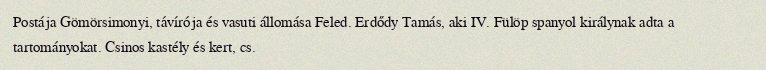
Postája Gömörsimonyi, távírója és vasuti állomása Feled. Erdődy Tamás, aki IV. Fülöp spanyol királynak adta a tartományokat. Csinos kastély és kert, cs.